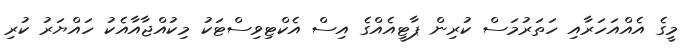
މީގެ އެއްއަހަރާއި ހަތަރުމަސް ކުރިން ޕާޓީއެއްގެ އިސް އެކްޓިވިސްޓަކު މިކުއްޖާއާއެކު ހައްޔަރު ކުރި